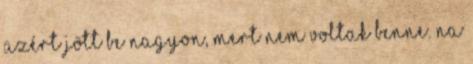
azért jött be nagyon, mert nem voltak benne. Na